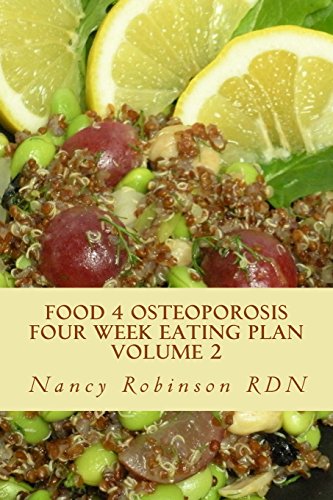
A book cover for Food 4 Osteoporosis Four Week Eating Plan Volume 2; Nancy Robinson RDN; Health, Fitness & Dieting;